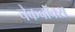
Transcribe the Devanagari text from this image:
चेकबॉक्स